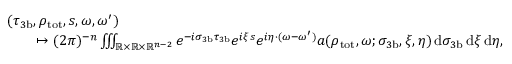
\begin{array} { r l } & { ( \tau _ { 3 \mathrm { b } } , \rho _ { \mathrm { t o t } } , s , \omega , \omega ^ { \prime } ) } \\ & { \qquad \mapsto ( 2 \pi ) ^ { - n } \iiint _ { \mathbb { R } \times \mathbb { R } \times \mathbb { R } ^ { n - 2 } } e ^ { - i \sigma _ { 3 \mathrm { b } } \tau _ { 3 \mathrm { b } } } e ^ { i \xi s } e ^ { i \eta \cdot ( \omega - \omega ^ { \prime } ) } a ( \rho _ { \mathrm { t o t } } , \omega ; \sigma _ { 3 \mathrm { b } } , \xi , \eta ) \, { \mathrm d } \sigma _ { 3 \mathrm { b } } \, { \mathrm d } \xi \, { \mathrm d } \eta , } \end{array}